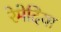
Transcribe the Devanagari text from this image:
रेमेदिया